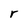
Character: r